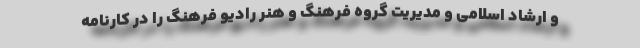
و ارشاد اسلامی و مدیریت گروه فرهنگ و هنر رادیو فرهنگ را در کارنامه